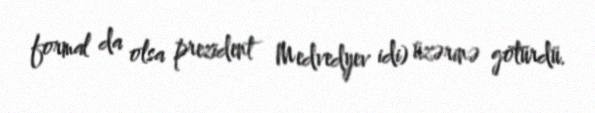
formal da olsa prezident Medvedyev idi) üzərinə götürdü.